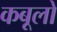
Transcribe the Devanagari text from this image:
कबूलो